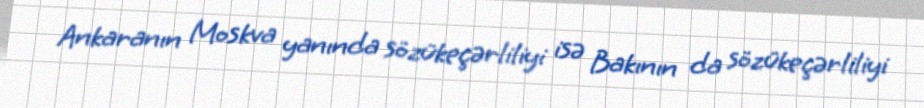
Ankaranın Moskva yanında sözükeçərliliyi isə Bakının da sözükeçərliliyi